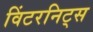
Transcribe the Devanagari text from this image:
विंटरनिट्‌स